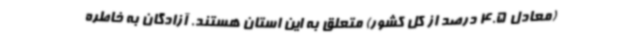
(معادل 4.5 درصد از کل کشور) متعلق به این استان هستند. آزادگان به خاطره